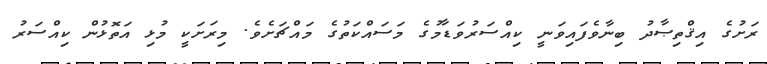
ރަށުގެ އިޤްތިޞާދު ބިނާވެފައިވަނީ ކިއްސަރުވަޑާމުގެ މަސައްކަތުގެ މައްޗަށެވެ. މިރަށަކީ މުޅި އަތޮޅުން ކިއްސަރު